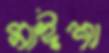
মাঈশা